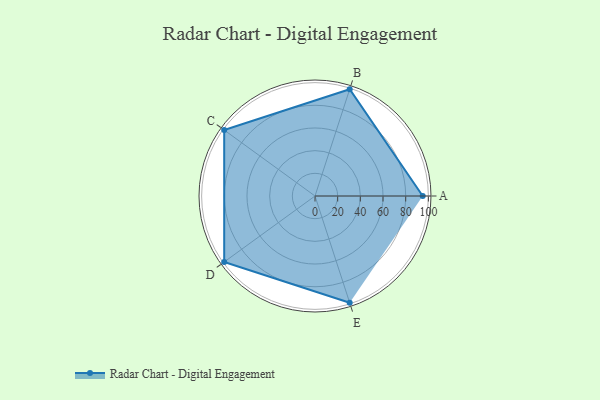
{"axis": {"x": "Skill", "y": "Score"}, "legend": ["Profile"], "data": [{"x": "A", "y": 95.0, "type": "Profile"}, {"x": "B", "y": 99.0, "type": "Profile"}, {"x": "C", "y": 99, "type": "Profile"}, {"x": "D", "y": 99, "type": "Profile"}, {"x": "E", "y": 99, "type": "Profile"}]}